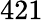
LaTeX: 421